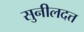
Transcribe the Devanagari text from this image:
सुनीलदत्त